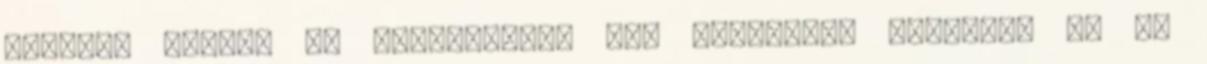
énekel, amikor is terroristák egy csoportja foglalja el az